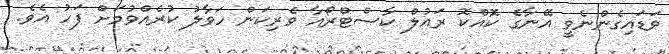
ވަޑައިގެންނެވީ އޭނާގެ ކޮއްކޮ ރައުލް ކާސްޓްރޯއާ ވެރިކަން ހަވާލު ކުރެއްވުމަށް ފަހު އެވެ.